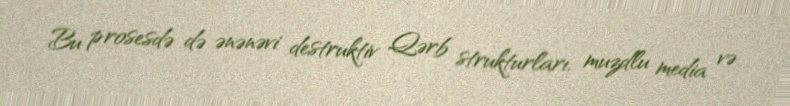
Bu prosesdə də ənənəvi destruktiv Qərb strukturları, muzdlu media və